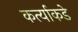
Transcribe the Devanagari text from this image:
कर्त्याकडे